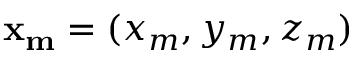
\mathbf { x _ { m } } = ( x _ { m } , y _ { m } , z _ { m } )